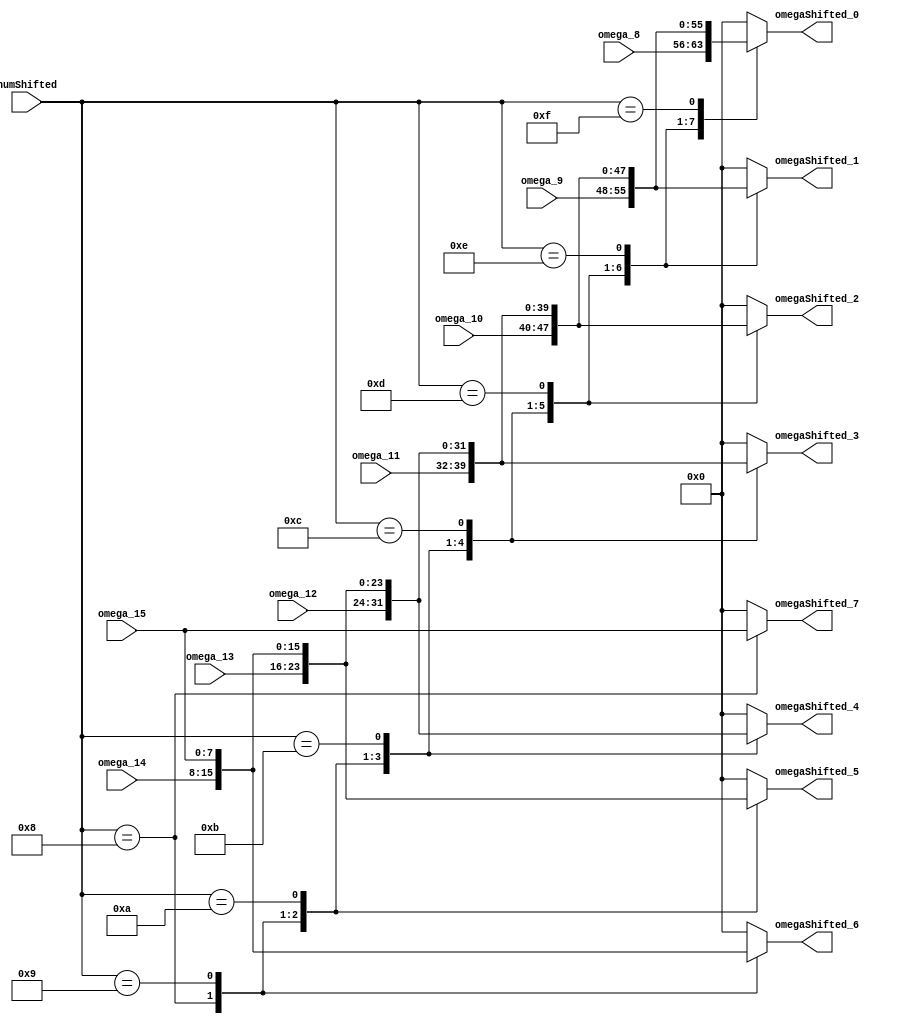
//===================================================================
// Module Name : RsDecodeShiftOmega
// Function    : Rs Decoder Shift Omega Module
// 
// Revision History:
// Date          By           Version    Change Description
//===================================================================
// 2009/02/03  Gael Sapience     1.0       Original
//
//===================================================================
// (C) COPYRIGHT 2009 SYSTEM LSI CO., Ltd.
//


module RsDecodeShiftOmega(
   omega_8,           // omega polynom 8
   omega_9,           // omega polynom 9
   omega_10,          // omega polynom 10
   omega_11,          // omega polynom 11
   omega_12,          // omega polynom 12
   omega_13,          // omega polynom 13
   omega_14,          // omega polynom 14
   omega_15,          // omega polynom 15
   omegaShifted_0,    // omega shifted polynom 0
   omegaShifted_1,    // omega shifted polynom 1
   omegaShifted_2,    // omega shifted polynom 2
   omegaShifted_3,    // omega shifted polynom 3
   omegaShifted_4,    // omega shifted polynom 4
   omegaShifted_5,    // omega shifted polynom 5
   omegaShifted_6,    // omega shifted polynom 6
   omegaShifted_7,    // omega shifted polynom 7
   numShifted         // shift amount
);


   input [7:0] omega_8;            // omega polynom 8
   input [7:0] omega_9;            // omega polynom 9
   input [7:0] omega_10;           // omega polynom 10
   input [7:0] omega_11;           // omega polynom 11
   input [7:0] omega_12;           // omega polynom 12
   input [7:0] omega_13;           // omega polynom 13
   input [7:0] omega_14;           // omega polynom 14
   input [7:0] omega_15;           // omega polynom 15
   input [4:0] numShifted;         // shift amount

   output [7:0] omegaShifted_0;    // omega shifted polynom 0
   output [7:0] omegaShifted_1;    // omega shifted polynom 1
   output [7:0] omegaShifted_2;    // omega shifted polynom 2
   output [7:0] omegaShifted_3;    // omega shifted polynom 3
   output [7:0] omegaShifted_4;    // omega shifted polynom 4
   output [7:0] omegaShifted_5;    // omega shifted polynom 5
   output [7:0] omegaShifted_6;    // omega shifted polynom 6
   output [7:0] omegaShifted_7;    // omega shifted polynom 7



   //------------------------------------------------------------------------
   //+ omegaShifted_0,..., omegaShifted_15
   //- omegaShifted registers
   //------------------------------------------------------------------------
   reg [7:0]   omegaShiftedInner_0;
   reg [7:0]   omegaShiftedInner_1;
   reg [7:0]   omegaShiftedInner_2;
   reg [7:0]   omegaShiftedInner_3;
   reg [7:0]   omegaShiftedInner_4;
   reg [7:0]   omegaShiftedInner_5;
   reg [7:0]   omegaShiftedInner_6;
   reg [7:0]   omegaShiftedInner_7;


   always @ (numShifted or omega_8 or omega_9 or omega_10 or omega_11 or omega_12 or omega_13 or omega_14 or omega_15 ) begin
      case (numShifted)
         (5'd8): begin
            omegaShiftedInner_0 [7:0]  = omega_8 [7:0];
            omegaShiftedInner_1 [7:0]  = omega_9 [7:0];
            omegaShiftedInner_2 [7:0]  = omega_10 [7:0];
            omegaShiftedInner_3 [7:0]  = omega_11 [7:0];
            omegaShiftedInner_4 [7:0]  = omega_12 [7:0];
            omegaShiftedInner_5 [7:0]  = omega_13 [7:0];
            omegaShiftedInner_6 [7:0]  = omega_14 [7:0];
            omegaShiftedInner_7 [7:0]  = omega_15 [7:0];
         end
         (5'd9): begin
            omegaShiftedInner_0 [7:0]  = omega_9 [7:0];
            omegaShiftedInner_1 [7:0]  = omega_10 [7:0];
            omegaShiftedInner_2 [7:0]  = omega_11 [7:0];
            omegaShiftedInner_3 [7:0]  = omega_12 [7:0];
            omegaShiftedInner_4 [7:0]  = omega_13 [7:0];
            omegaShiftedInner_5 [7:0]  = omega_14 [7:0];
            omegaShiftedInner_6 [7:0]  = omega_15 [7:0];
            omegaShiftedInner_7 [7:0]  = 8'd0;
         end
         (5'd10): begin
            omegaShiftedInner_0 [7:0]  = omega_10 [7:0];
            omegaShiftedInner_1 [7:0]  = omega_11 [7:0];
            omegaShiftedInner_2 [7:0]  = omega_12 [7:0];
            omegaShiftedInner_3 [7:0]  = omega_13 [7:0];
            omegaShiftedInner_4 [7:0]  = omega_14 [7:0];
            omegaShiftedInner_5 [7:0]  = omega_15 [7:0];
            omegaShiftedInner_6 [7:0]  = 8'd0;
            omegaShiftedInner_7 [7:0]  = 8'd0;
         end
         (5'd11): begin
            omegaShiftedInner_0 [7:0]  = omega_11 [7:0];
            omegaShiftedInner_1 [7:0]  = omega_12 [7:0];
            omegaShiftedInner_2 [7:0]  = omega_13 [7:0];
            omegaShiftedInner_3 [7:0]  = omega_14 [7:0];
            omegaShiftedInner_4 [7:0]  = omega_15 [7:0];
            omegaShiftedInner_5 [7:0]  = 8'd0;
            omegaShiftedInner_6 [7:0]  = 8'd0;
            omegaShiftedInner_7 [7:0]  = 8'd0;
         end
         (5'd12): begin
            omegaShiftedInner_0 [7:0]  = omega_12 [7:0];
            omegaShiftedInner_1 [7:0]  = omega_13 [7:0];
            omegaShiftedInner_2 [7:0]  = omega_14 [7:0];
            omegaShiftedInner_3 [7:0]  = omega_15 [7:0];
            omegaShiftedInner_4 [7:0]  = 8'd0;
            omegaShiftedInner_5 [7:0]  = 8'd0;
            omegaShiftedInner_6 [7:0]  = 8'd0;
            omegaShiftedInner_7 [7:0]  = 8'd0;
         end
         (5'd13): begin
            omegaShiftedInner_0 [7:0]  = omega_13 [7:0];
            omegaShiftedInner_1 [7:0]  = omega_14 [7:0];
            omegaShiftedInner_2 [7:0]  = omega_15 [7:0];
            omegaShiftedInner_3 [7:0]  = 8'd0;
            omegaShiftedInner_4 [7:0]  = 8'd0;
            omegaShiftedInner_5 [7:0]  = 8'd0;
            omegaShiftedInner_6 [7:0]  = 8'd0;
            omegaShiftedInner_7 [7:0]  = 8'd0;
         end
         (5'd14): begin
            omegaShiftedInner_0 [7:0]  = omega_14 [7:0];
            omegaShiftedInner_1 [7:0]  = omega_15 [7:0];
            omegaShiftedInner_2 [7:0]  = 8'd0;
            omegaShiftedInner_3 [7:0]  = 8'd0;
            omegaShiftedInner_4 [7:0]  = 8'd0;
            omegaShiftedInner_5 [7:0]  = 8'd0;
            omegaShiftedInner_6 [7:0]  = 8'd0;
            omegaShiftedInner_7 [7:0]  = 8'd0;
         end
         (5'd15): begin
            omegaShiftedInner_0 [7:0]  = omega_15 [7:0];
            omegaShiftedInner_1 [7:0]  = 8'd0;
            omegaShiftedInner_2 [7:0]  = 8'd0;
            omegaShiftedInner_3 [7:0]  = 8'd0;
            omegaShiftedInner_4 [7:0]  = 8'd0;
            omegaShiftedInner_5 [7:0]  = 8'd0;
            omegaShiftedInner_6 [7:0]  = 8'd0;
            omegaShiftedInner_7 [7:0]  = 8'd0;
         end
         default: begin
            omegaShiftedInner_0 [7:0]  = 8'd0;
            omegaShiftedInner_1 [7:0]  = 8'd0;
            omegaShiftedInner_2 [7:0]  = 8'd0;
            omegaShiftedInner_3 [7:0]  = 8'd0;
            omegaShiftedInner_4 [7:0]  = 8'd0;
            omegaShiftedInner_5 [7:0]  = 8'd0;
            omegaShiftedInner_6 [7:0]  = 8'd0;
            omegaShiftedInner_7 [7:0]  = 8'd0;
         end
        endcase
    end



   //------------------------------------------------------------------------
   //- Output Ports
   //------------------------------------------------------------------------
   assign omegaShifted_0   = omegaShiftedInner_0;
   assign omegaShifted_1   = omegaShiftedInner_1;
   assign omegaShifted_2   = omegaShiftedInner_2;
   assign omegaShifted_3   = omegaShiftedInner_3;
   assign omegaShifted_4   = omegaShiftedInner_4;
   assign omegaShifted_5   = omegaShiftedInner_5;
   assign omegaShifted_6   = omegaShiftedInner_6;
   assign omegaShifted_7   = omegaShiftedInner_7;



endmodule